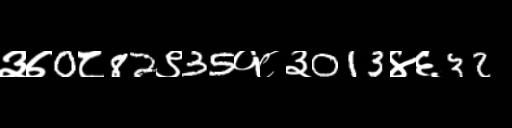
Text: ३७0८82९35१८३013४६32